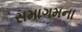
સમાગમના